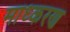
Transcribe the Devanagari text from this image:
माध्करण